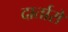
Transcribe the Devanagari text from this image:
दार्तारों